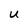
Character: U